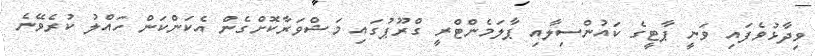
ވިދާޅުވެފައި ވަނީ ޕާޓީގެ ކައުންސިލާއި ޕާލަމެންޓްރީ ގްރޫޕުގައި މަޝްވަރާކޮށްގެން އެކަންކަން ހައްލު ކުރެވޭނެ